Report of an investigation of the epidemic of malarial fever in Assam, or, kala-azar
Disease focus: Malaria
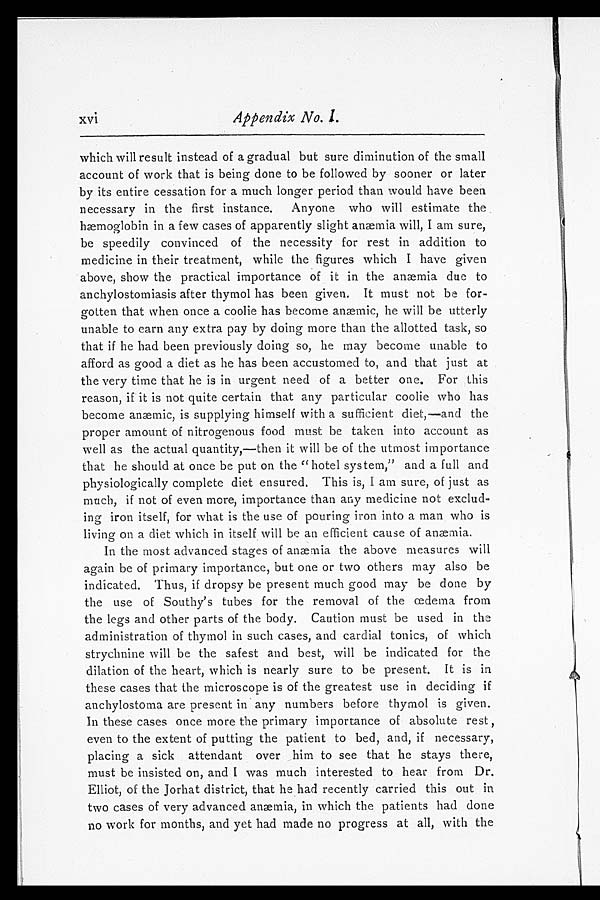
Appendix No. 1.
which will result instead of a gradual but sure diminution of the small
account of work that is being done to be followed by sooner or later
by its entire cessation for a much longer period than would have been
necessary in the first instance. Anyone who will estimate the
hæmoglobin in a few cases of apparently slight anæmia will, I am sure,
be speedily convinced of the necessity for rest in addition to
medicine in their treatment, while the figures which I have given
above, show the practical importance of it in the anæmia due to
anchylostomiasis after thymol has been given. It must not be for-
-gotten that when once a coolie has become anæmic, he will be utterly
unable to earn any extra pay by doing more than the allotted task, so
that if he had been previously doing so, he may become unable to
afford as good a diet as he has been accustomed to, and that just at
the very time that he is in urgent need of a better one. For this
reason, if it is not quite certain that any particular coolie who has
become anæmic, is supplying himself with a sufficient diet,—and the
proper amount of nitrogenous food must be taken into account as
well as the actual quantity,—then it will be of the utmost importance
that he should at once be put on the "hotel system," and a full and
physiologically complete diet ensured. This is, I am sure, of just as
much, if not of even more, importance than any medicine not exclud--
ing iron itself, for what is the use of pouring iron into a man who is
living on a diet which in itself will be an efficient cause of anæmia.
In the most advanced stages of anæmia the above measures will
again be of primary importance, but one or two others may also be
indicated. Thus, if dropsy be present much good may be done by
the use of Southy's tubes for the removal of the œdema from
the legs and other parts of the body. Caution must be used in the
administration of thymol in such cases, and cardial tonics, of which
strychnine will be the safest and best, will be indicated for the
dilation of the heart, which is nearly sure to be present. It is in
these cases that the microscope is of the greatest use in deciding if
anchylostoma are present in any numbers before thymol is given.
In these cases once more the primary importance of absolute rest,
even to the extent of putting the patient to bed, and, if necessary,
placing a sick attendant over him to see that he stays there,
must be insisted on, and I was much interested to hear from Dr.
Elliot, of the Jorhat district, that he had recently carried this out in
two cases of very advanced anæmia, in which the patients had done
no work for months, and yet had made no progress at all, with the